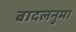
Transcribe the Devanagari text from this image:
बादलनुमा